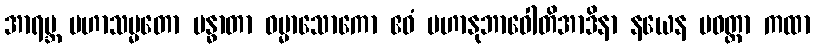
အာရဗ္ဘ မဟာသမ္မတော မန္ဓာတာ ဓမ္မာသောကော ဧဝံ မဟာနုဘာဝေါတိအာဒိနာ နယေန ပဝတ္တာ ကထာ